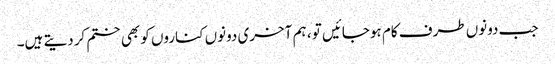
جب دونوں طرف کام ہوجائیں تو ، ہم آخری دونوں کناروں کو بھی ختم کردیتے ہیں۔